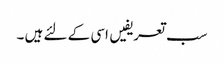
سب تعریفیں اسی کے لئے ہیں ۔